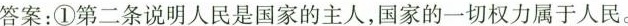
答案：①第二条说明人民是国家的主人，国家的一切权力属于人民。